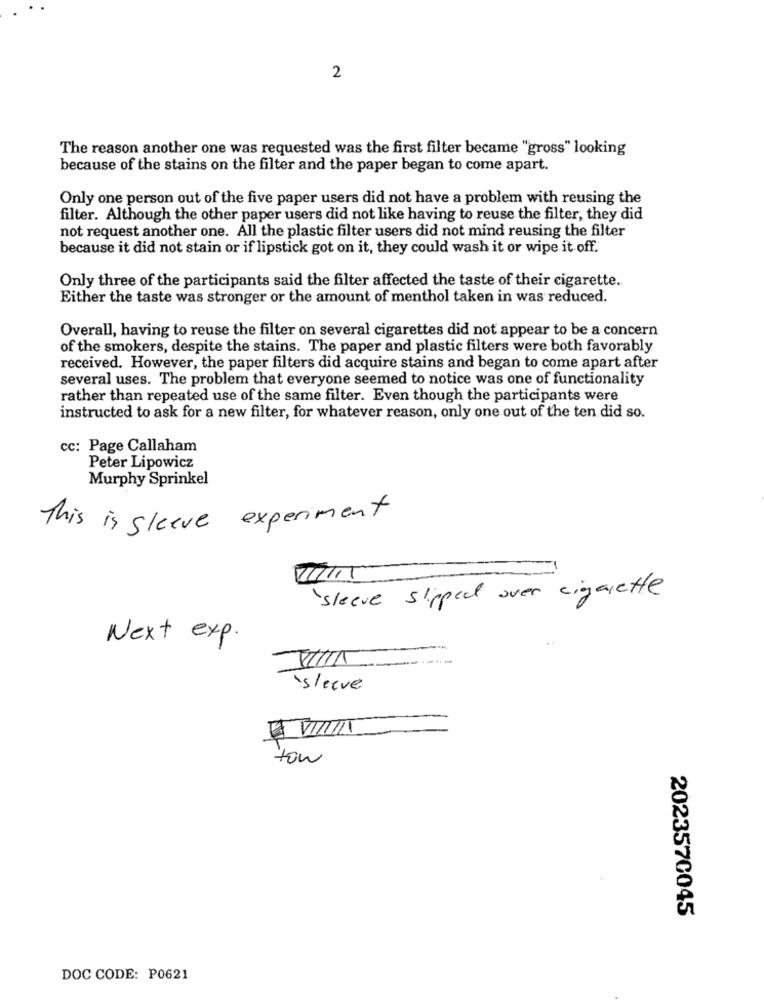
2
The reason another one was requested was the first filter became "gross" looking
because of the stains on the filter and the paper began to come apart.
Only one person out of the five paper users did not have a problem with reusing the
filter. Although the other paper users did not like having to reuse the filter, they did
not request another one. All the plastic filter users did not mind reusing the filter
because it did not stain or if lipstick got on it, they could wash it or wipe it off.
Only three of the participants said the filter affected the taste of their cigarette.
Either the taste was stronger or the amount of menthol taken in was reduced.
Overall, having to reuse the filter on several cigarettes did not appear to be a concern
of the smokers, despite the stains. The paper and plastic filters were both favorably
received. However, the paper filters did acquire stains and began to come apart after
several uses. The problem that everyone seemed to notice was one of functionality
rather than repeated use of the same filter. Even though the participants were
instructed to ask for a new filter, for whatever reason, only one out of the ten did so.
cc: Page Callaham
Peter Lipowicz
Murphy Sprinkel
This is sleeve experiment
' sleeve slipped over cigarette
Next exp.
sleeve
tow
2023570045
DOC CODE: P0621